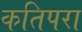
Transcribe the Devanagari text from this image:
कतिपरा